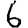
Digit: 6